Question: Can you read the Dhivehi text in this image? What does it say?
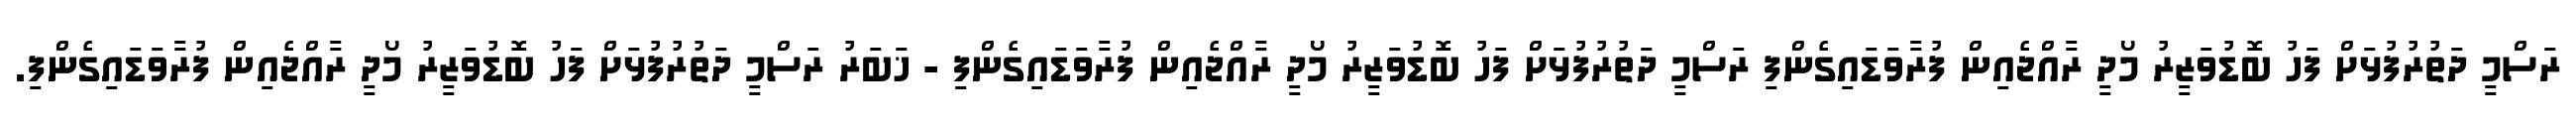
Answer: ރަސްމީ ދަތުރުފުޅަށް ފަހު ބޮޑުވަޒީރު މޯދީ ރާއްޖެއިން ފުރާވަޑައިގެންފި ރަސްމީ ދަތުރުފުޅަށް ފަހު ބޮޑުވަޒީރު މޯދީ ރާއްޖެއިން ފުރާވަޑައިގެންފި - ޚަބަރު ރަސްމީ ދަތުރުފުޅަށް ފަހު ބޮޑުވަޒީރު މޯދީ ރާއްޖެއިން ފުރާވަޑައިގެންފި.